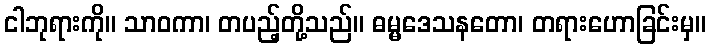
ငါဘုရားကို။ သာဝကာ၊ တပည့်တို့သည်။ ဓမ္မဒေသနတော၊ တရားဟောခြင်းမှ။